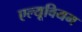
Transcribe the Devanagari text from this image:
एल्यूवियम